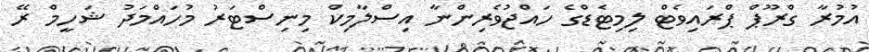
އުމުރާ ގްރޫޕް ޕްރައިވެޓް ލިމިޓެޑްގެ ހައްޖުވެރިންނާ އިސްލާމިކް މިނިސްޓަރު މުހައްމަދު ޝަހީމް ރޭ